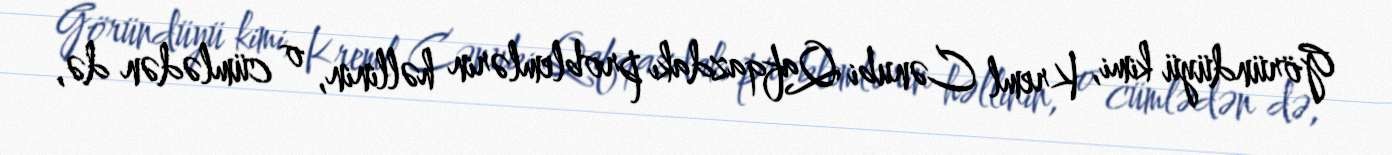
Göründüyü kimi, Kreml Cənubi Qafqazdakı problemlərin həllinin, o cümlədən də,